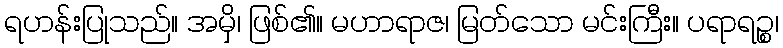
ရဟန်းပြုသည်။ အမှိ၊ ဖြစ်၏။ မဟာရာဇ၊ မြတ်သော မင်းကြီး။ ပရာရဉ္စ၊